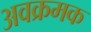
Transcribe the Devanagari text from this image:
अवक्रमक